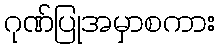
ဂုဏ်ပြုအမှာစကား